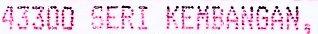
43300 SERI KEMBANGAN,